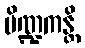
ပိဏ္ဍကန္တိ